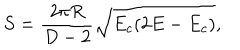
S = { \frac { 2 \pi R } { D - 2 } } \sqrt { E _ { c } ( 2 E - E _ { c } ) } ,